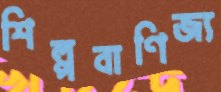
শিল্পবাণিজ্য